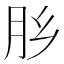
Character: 𰮅